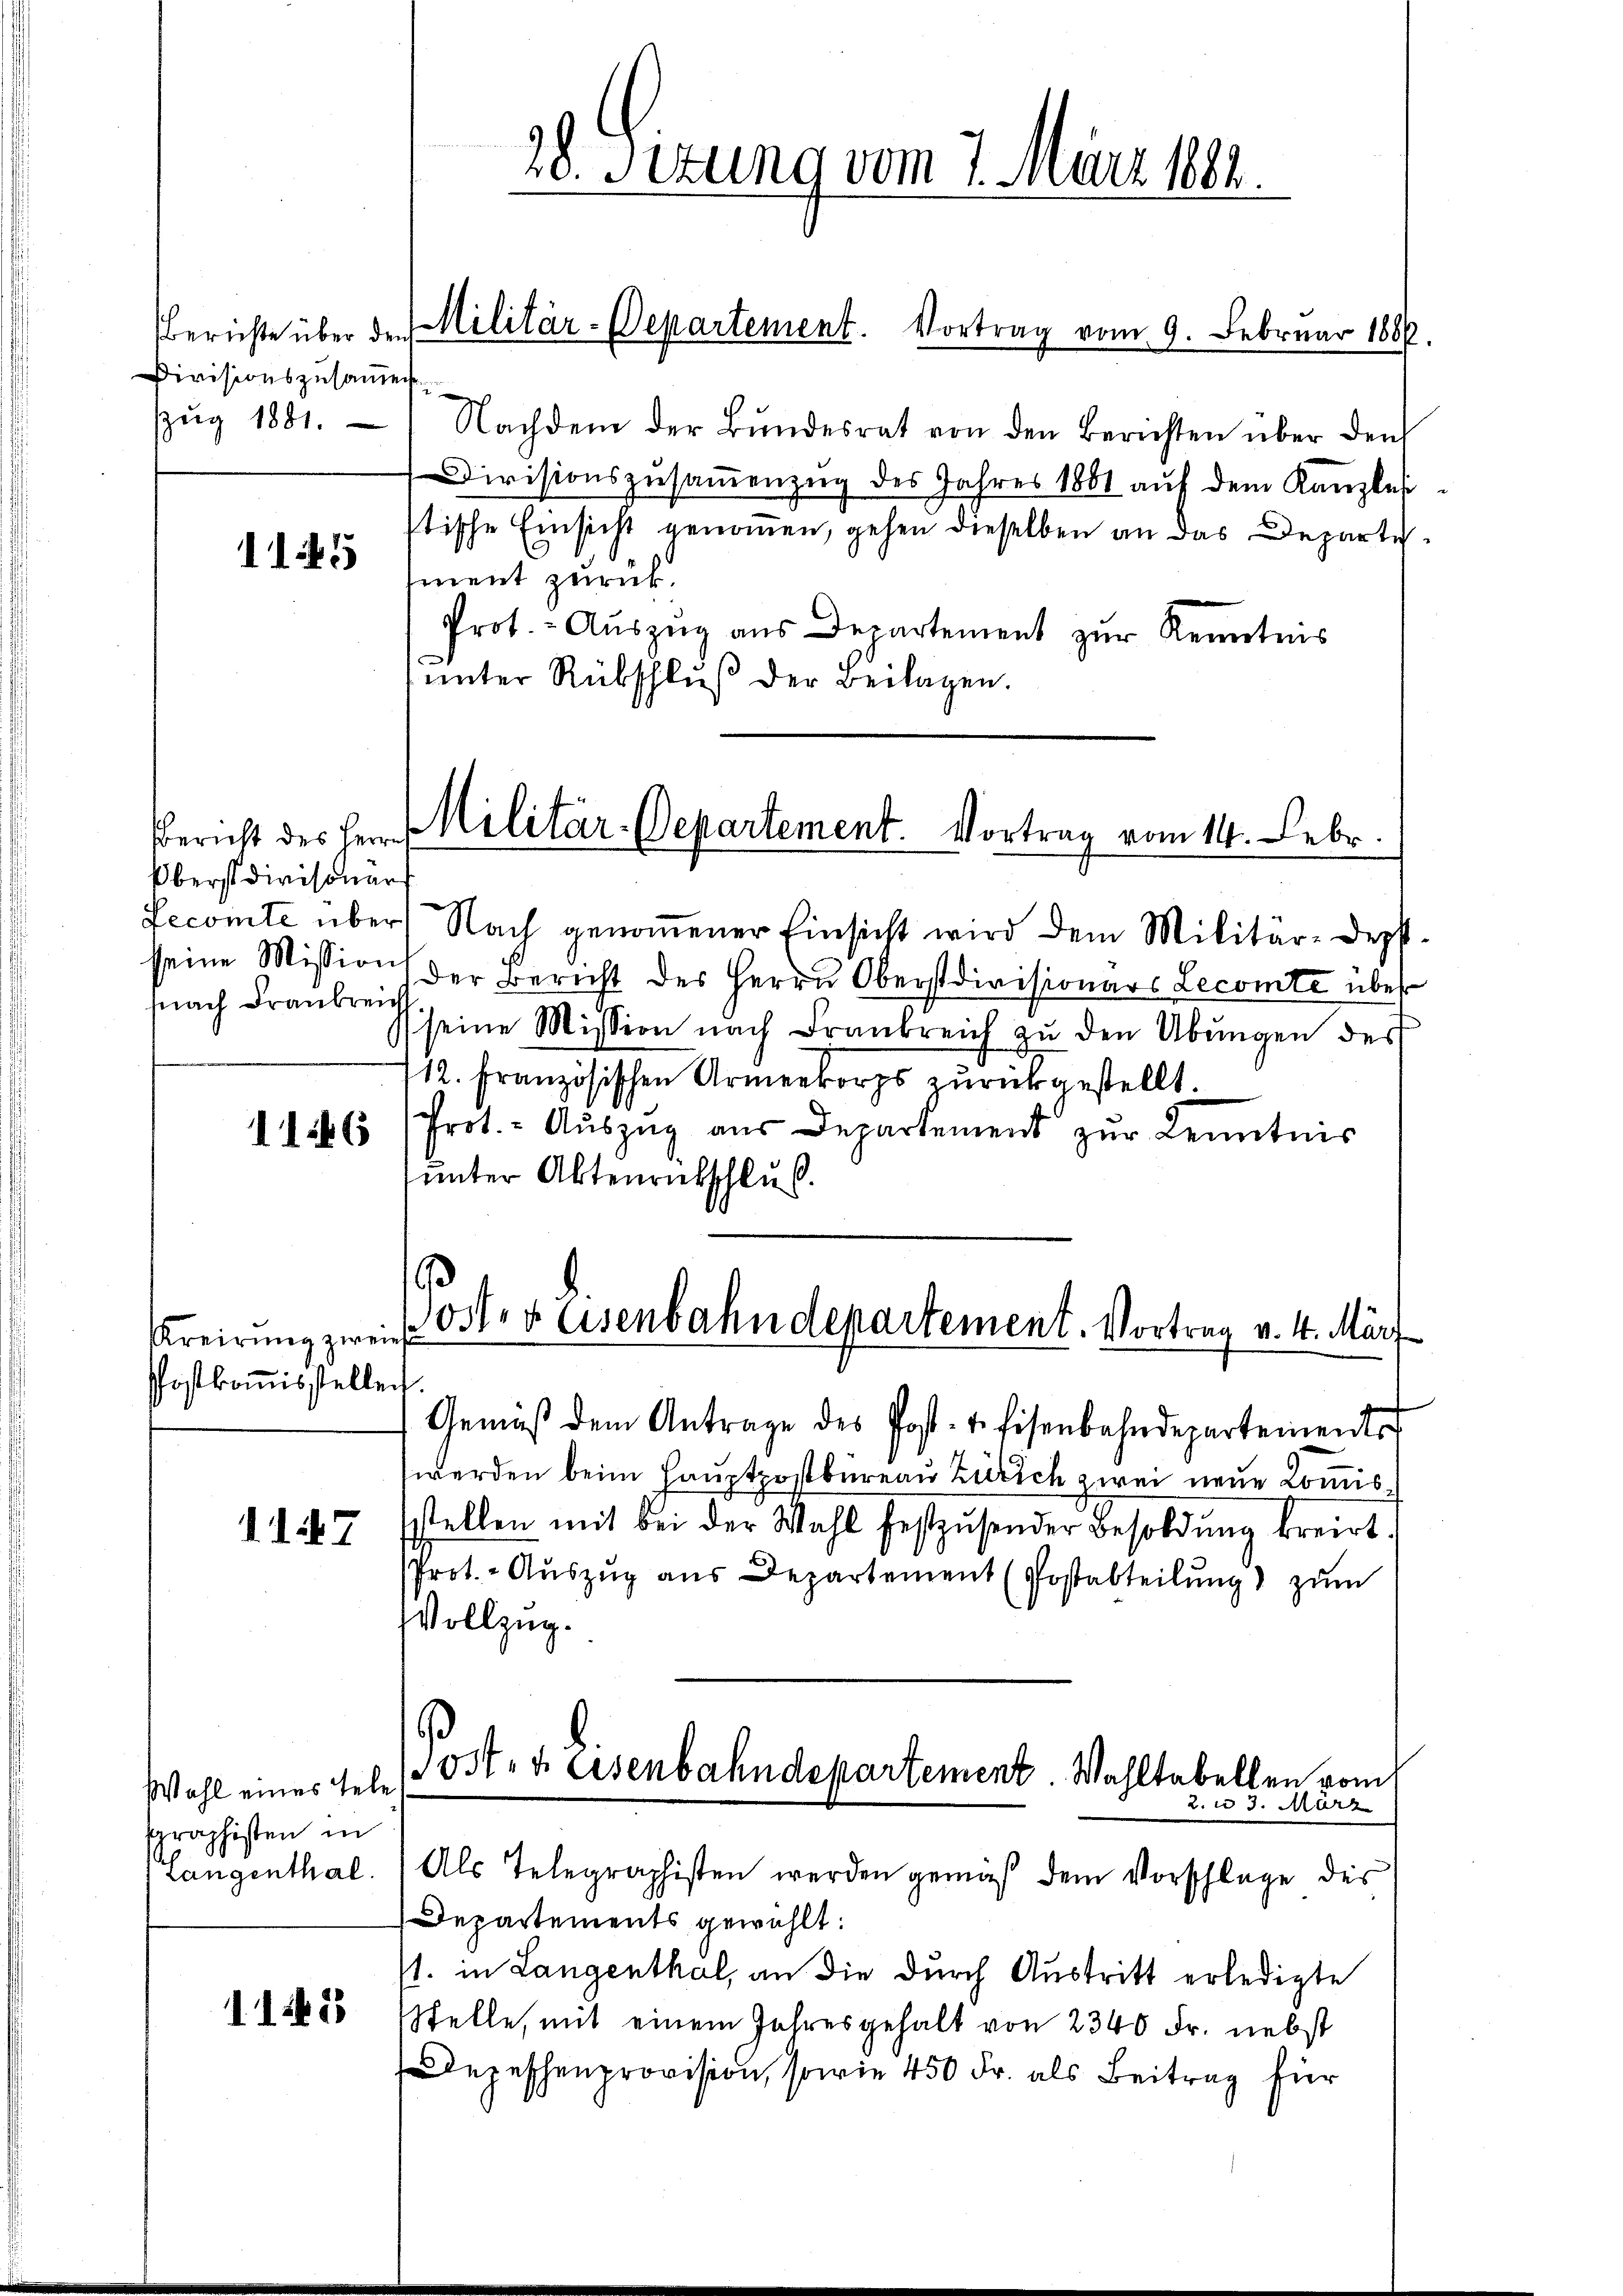
Divisionszusammen
ug 1881.

1145

Bericht des Herrn
Oberst divisionärs
nach Frankreich

Kreisung zweife
Postkommisstellen

117

Wahl eines Tele
Praphisten in

1145

28. Sizung vom 7. März 1882.

Berichte über den Militär-Departement. Vortrag vom 9. Februar 1886

Nachdem der Bŭndesrat von den Berichten über den
Divisionszŭsaṁenzŭg des Jahres 1881 aŭf dem Kanzlei
stische Einsicht genommen, gehen dieselben an das Departe
ment zurück.
Prot. - Aŭszŭg aŭs Departement zŭr Kenntnis
ŭnter Rübschlŭβ der Beilagen.
Militär-Departement. Vortrag vom 14. Febr.

Fecomte über Nach genommener Einsicht wird dem Militär-Dep
seine Mission der Bericht des Herrn Oberstdivisionars Lecomte über
(seine Mission nach Frankreich zŭ den Übungen des
/12. Französischen Armenkorps zurückgestellt.
1166 (Prot. - Aŭszŭg aŭs Departement zŭr Kenntnis
unter Aktenrückschluß.
Gemäβ dem Antrage des Post- u. Eisenbahndepartements
werden beim Hauptpostbureau Zürich zwei neue Kommis
sstellen mit bei der Wahl festzŭsender Besoldŭng breit,
Prot. Aŭszŭg ans Departement (Postabteilŭng zŭm
Vollzug.
Oster Eisenbahndepartement. Wahltabellen vom
2. u 3. März
Langenthal. Als Telegraphisten werden gemäß dem Vorschlage des
Departements gewählt:
1. in Langenthal, an die durch Austritt erledigte
Stelle, mit einem Jahresgehalt von 2340 Fr. nebst
Depeschenprovision, sowie 450 Fr. als Beitrag für

oster Eisenbahndepartement. Vortrag v. 4. März